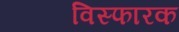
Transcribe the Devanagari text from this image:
विस्‍फारक